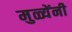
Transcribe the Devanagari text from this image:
मुळ्येंनी